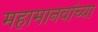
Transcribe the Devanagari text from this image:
महामानवांच्या